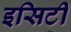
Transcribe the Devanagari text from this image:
इसिटी